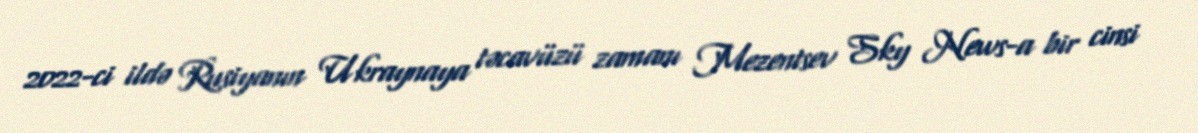
2022-ci ildə Rusiyanın Ukraynaya təcavüzü zamanı Mezentsev Sky News-a bir cinsi